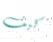
كيف